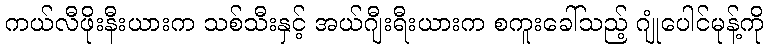
ကယ်လီဖိုးနီးယားက သစ်သီးနှင့် အယ်ဂျီးရီးယားက စကူးခေါ်သည့် ဂျုံပေါင်မုန့်ကို